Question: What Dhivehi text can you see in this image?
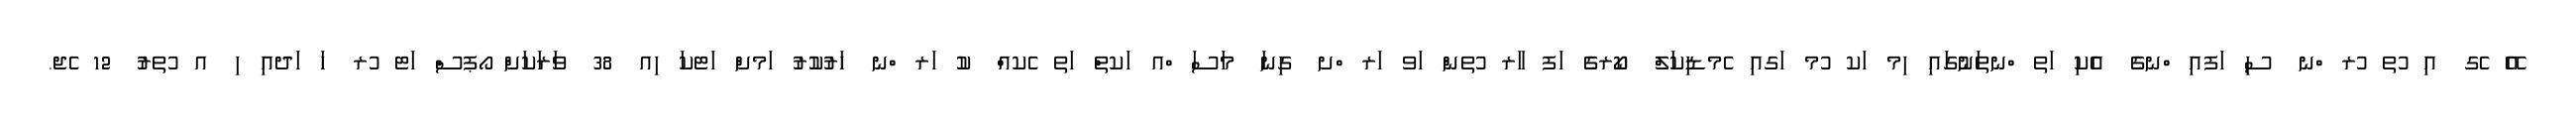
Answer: އޭ ެގ އި ުތ ުރ ްނ ސި ަފއި ްނގެ އެކި ަތ ްނތަނުގައި ިމ ަކ ުމ ަގއި ެމޑިކަލް ކޯރގެ ަފ ާރ ުތން ަވ ަރ ްށ ގިނަ މަސަ ްއ ަކތް ަތ ެކއް ކު ަރ ްނ ހަރުކުރު ަމށް ަޓކަ ިއ 38 ވަރަކަށް ޯޕސް ަޓ ުރ ހަ ަދއި ި އ ުތރު 12 ެޖ.